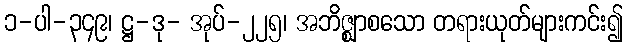
၁-ပါ-၃၄၉၊ ဋ္ဌ-ဒု- အုပ်-၂၂၅၊ အဘိဇ္ဈာစသော တရားယုတ်များကင်း၍